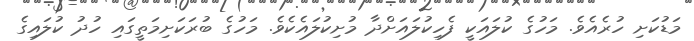
މަޑުކަށި ހުރެއެވެ. މަހުގެ ކުލައަކީ ފެހިކުލައަށްދާ މުށިކުލައެކެވެ. މަހުގެ ބުރަކަށިމަތީގައި ހުދު ކުލައިގެ